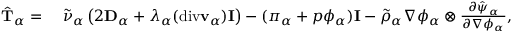
\begin{array} { r l } { \hat { \mathbf { T } } _ { \alpha } = } & { { } ~ \tilde { \nu } _ { \alpha } \left( 2 \mathbf { D } _ { \alpha } + \lambda _ { \alpha } ( \mathrm { d i v } \mathbf { v } _ { \alpha } ) \mathbf { I } \right) - ( \pi _ { \alpha } + p \phi _ { \alpha } ) \mathbf { I } - \tilde { \rho } _ { \alpha } \nabla \phi _ { \alpha } \otimes \frac { \partial \hat { \psi } _ { \alpha } } { \partial \nabla \phi _ { \alpha } } , } \end{array}